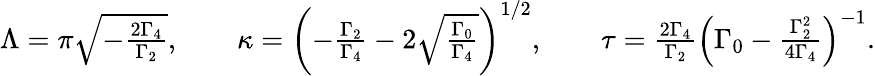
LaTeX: \begin{array}{r}{\Lambda=\pi\sqrt{-\frac{2\Gamma_{4}}{\Gamma_{2}}},\qquad\kappa=\left(-\frac{\Gamma_{2}}{\Gamma_{4}}-2\sqrt{\frac{\Gamma_{0}}{\Gamma_{4}}}\right)^{1/2},\qquad\tau=\frac{2\Gamma_{4}}{\Gamma_{2}}\left(\Gamma_{0}-\frac{\Gamma_{2}^{2}}{4\Gamma_{4}}\right)^{-1}.}\end{array}